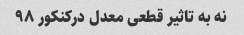
نه به تاثیر قطعی معدل درکنکور ۹۸